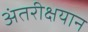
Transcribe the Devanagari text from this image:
अंतरीक्षयान